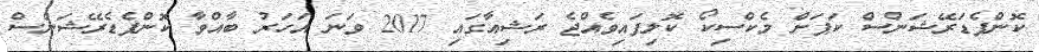
ކޮންފެޑަރޭޝަންސް ކަޕަށް މެކްސިކޯ ކޮލިފައިވެއްޖެ ރަޝިއާގައި 2017 ވަނަ އަހަރު ބާއްވާ ކޮންފެޑެރޭޝަންސް